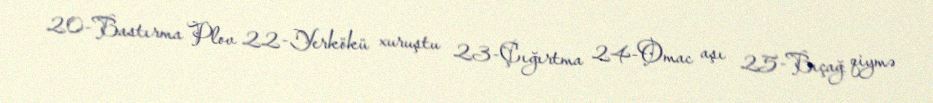
20-Bastırma Plov 22-Yerkökü xuruştu 23-Çığırtma 24-Omac aşı 25-Bıçağ qiymə